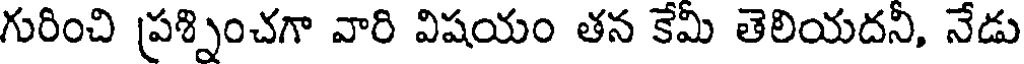
గురించి ప్రశ్నించగా వారి విషయం తన కేమి తెలియదని, నేడు